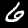
Digit: 6